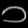
Digit: ၁